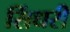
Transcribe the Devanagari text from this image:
सिंधरी